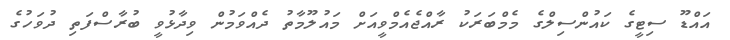
އައްޑޫ ސިޓީގެ ކައުންސިލްގެ މެމްބަރަކު ރާއްޖެއެމްވީއަށް މައުލޫމާތު ދެއްވަމުން ވިދާޅުވީ ބުރާސްފަތި ދުވަހުގެ